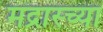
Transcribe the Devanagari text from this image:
मद्रास्च्या